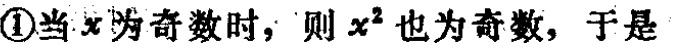
\textcircled{1}当\(x\)为奇数时，则\(x^{2}\)也为奇数，于是